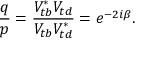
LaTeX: \frac { q } { p } = \frac { V _ { t b } ^ { * } V _ { t d } } { V _ { t b } V _ { t d } ^ { * } } = e ^ { - 2 i \beta } .